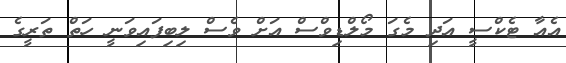
އެއާ ޓެކްސީ އަދި މެގަ މޯލްޑިވްސް އަށް ވެސް ލިބިފައިވަނީ ހަތް ތަރީގެ